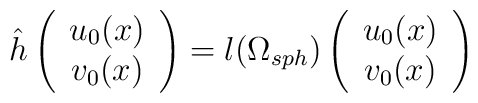
\hat{h} \left( \begin{array}{c}                u_0(x)  \\ v_0(x)		\end{array}    \right) = l(\Omega_{sph})         \left( \begin{array}{c}	                 u_0(x)  \\ v_0(x)	         \end{array}    \right)